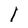
Character: l